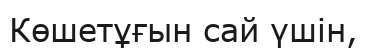
Көшетұғын сай үшін,